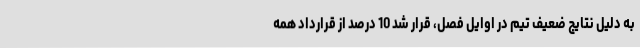
به دلیل نتایج ضعیف تیم در اوایل فصل، قرار شد 10 درصد از قرارداد همه